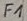
Text: F1